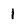
Character: l